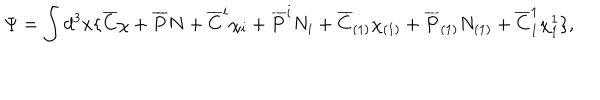
LaTeX: \Psi = \int d ^ { 3 } x \{ \overline { { { C } } } \chi + \overline { { { P } } } N + \overline { { { C } } } ^ { i } \chi _ { i } + \overline { { { P } } } ^ { i } N _ { i } + \overline { { { C } } } _ { ( 1 ) } \chi _ { ( 1 ) } + \overline { { { P } } } _ { ( 1 ) } N _ { ( 1 ) } + \overline { { { C } } } _ { 1 } ^ { 1 } \chi _ { 1 } ^ { 1 } \} ,